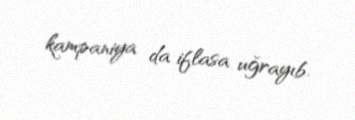
kampaniya da iflasa uğrayıb.